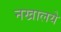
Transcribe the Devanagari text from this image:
नखालये